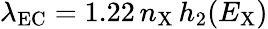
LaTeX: \lambda_{\mathrm{EC}}=1.22\, n_{\mathrm{X}}\, h_{\mathrm{2}}(E_{\mathrm{X}})